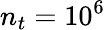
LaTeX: n_{t}=10^{6}